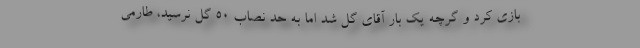
بازی کرد و گرچه یک بار آقای گل شد اما به حد نصاب 50 گل نرسید، طارمی